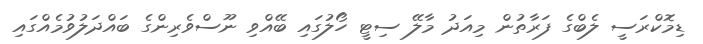
ޑިމޮކްރަސީ ލެބްގެ ފަރާތުން މިއަދު މާލޭ ސިޓީ ހޯލުގައި ބޭއްވި ނޫސްވެރިންގެ ބައްދަލުވުމެއްގައި